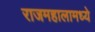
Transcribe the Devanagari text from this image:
राजमहालामध्ये